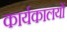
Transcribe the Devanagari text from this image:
कार्यकालयों